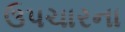
ઉપચારના